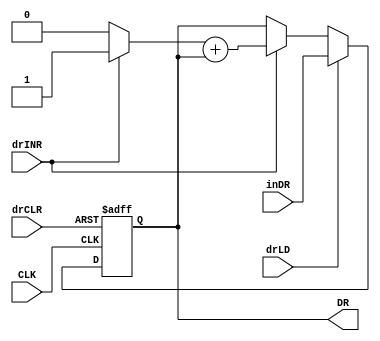
module dr_reg(
    input drLD, CLK, drINR, drCLR,
    input [15:0] inDR,
    output reg [15:0] DR
);

wire [15:0] inr16, sum;
wire cout;

assign inr16 = drINR ? 16'b0000000000000001 : 16'b0;
assign {cout, sum} = inr16 + DR;


initial DR = 16'b0;

always @(posedge CLK or posedge drCLR) begin
    if (drCLR) begin
        DR <= 16'b0;
    end else begin
        if (drLD) begin
            DR <= inDR;
        end else begin
            if (drINR) begin
                DR <= sum;
            end
        end
    end
end

endmodule